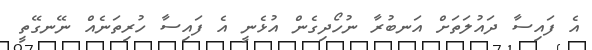
އެ ފައިސާ ދައުލަތަށް އަނބުރާ ނުހޯދިގެން އުޅެނީ އެ ފައިސާ ހުރިތަނެއް ނޭނގޭތީ